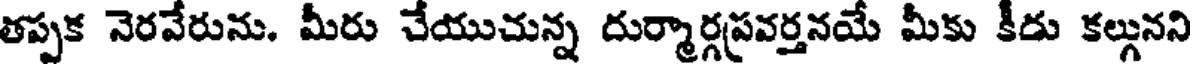
తప్పక నెరవేరును. మీరు చేయుచున్న దుర్మార్గప్రవర్తనయే మీకు కీడు కల్గునని